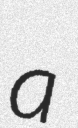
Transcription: a